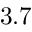
3 . 7